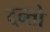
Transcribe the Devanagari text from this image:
दन्तो